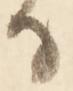
る